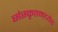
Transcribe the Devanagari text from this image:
संस्कृतमध्येच